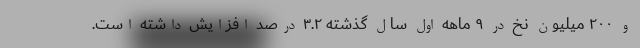
و ۲۰۰ میلیون نخ در ۹ ماهه اول سال گذشته ۳.۲ درصد افزایش داشته است.